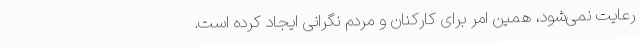
رعایت نمی‌شود، همین امر برای کارکنان و مردم نگرانی ایجاد کرده است.